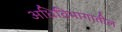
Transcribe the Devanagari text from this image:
अधिविभागातील